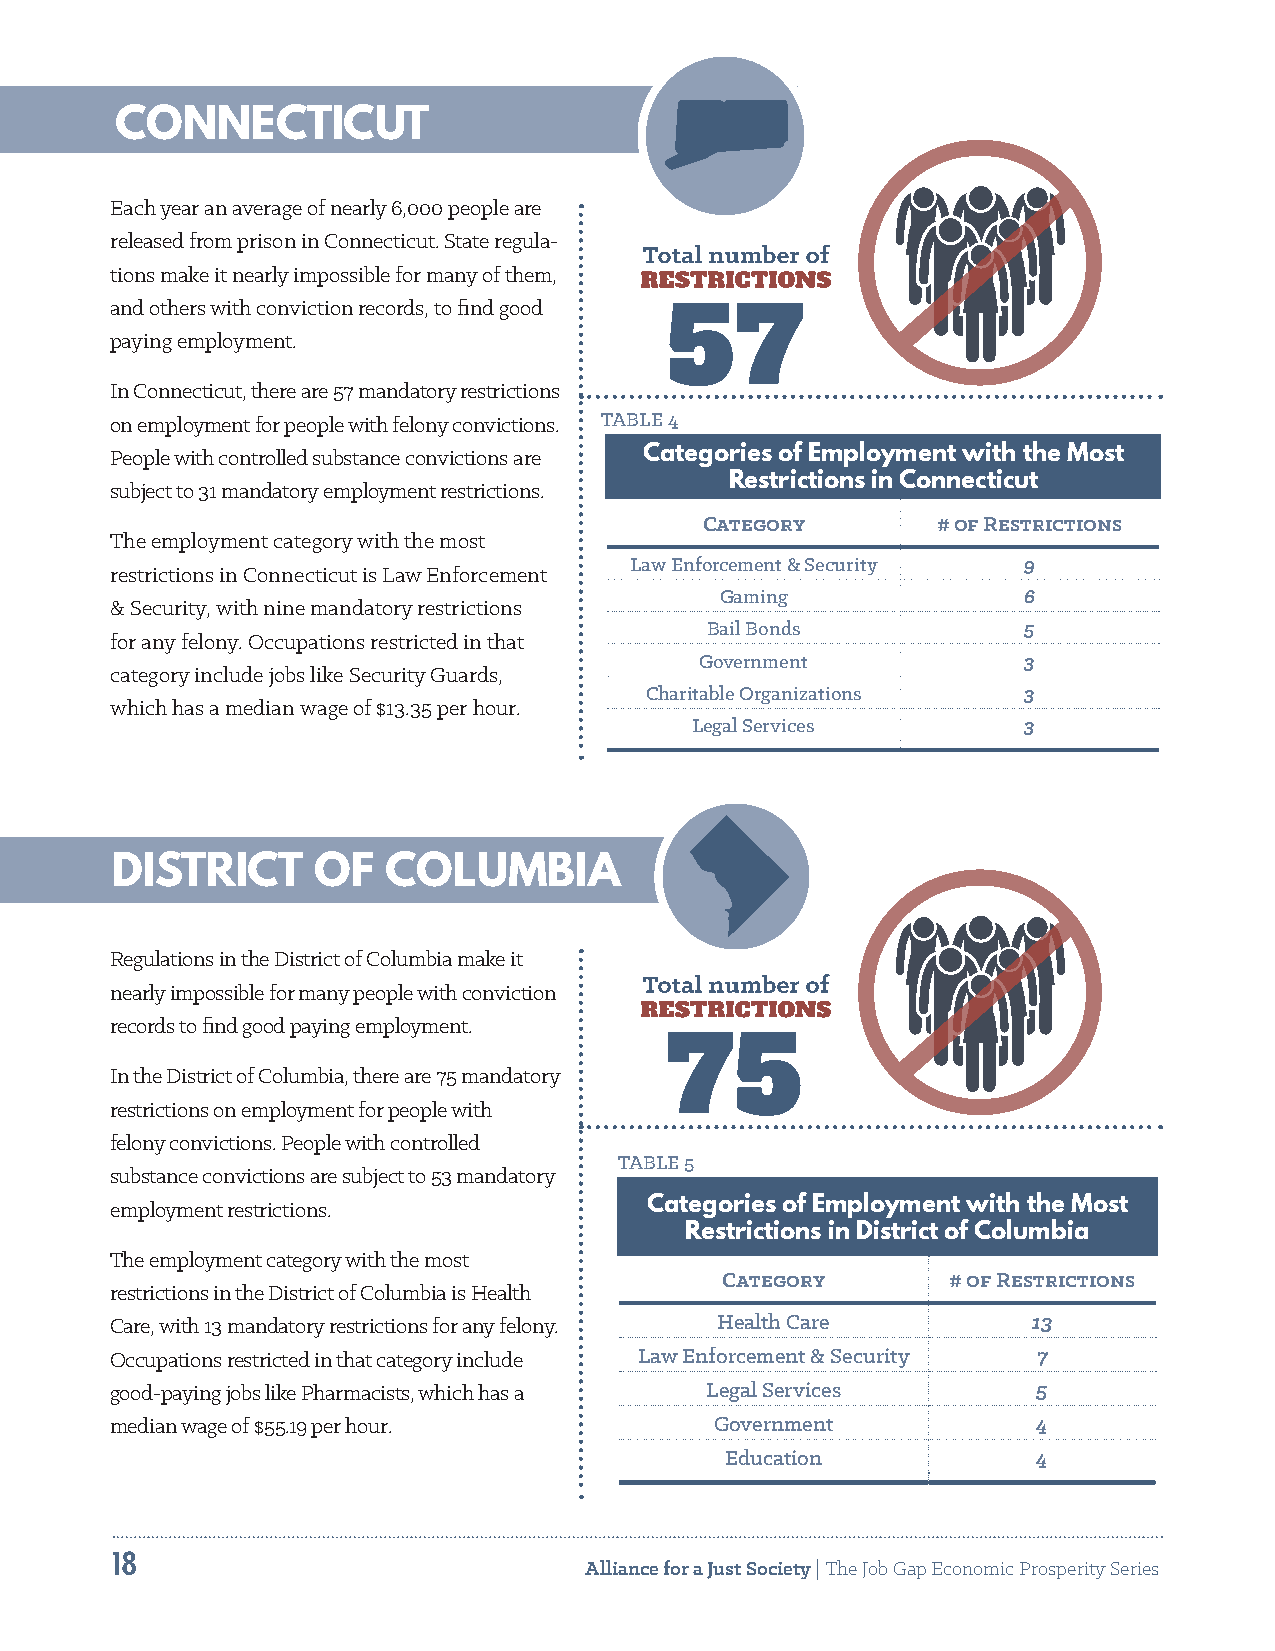
CONNECTICUT
 Each year an average of nearly 6,000 people are
 released from prison in Connecticut. State regula-
 tions make it nearly impossible for many of them,
 and others with conviction records, to find good
 57
 paying employment.
 In Connecticut, there are 57 mandatory restrictions
 on employment for people with felony convictions. TABLE 4
 People with controlled substance convictions are Categories of Employment with the Most
 Restrictions in Connecticut
 subject to 31 mandatory employment restrictions.
 Category       # of Restrictions
 The employment category with the most
 Law Enforcement & Security 9
 restrictions in Connecticut is Law Enforcement
 Gaming              6
 & Security, with nine mandatory restrictions
 Bail Bonds           5
 for any felony. Occupations restricted in that
 Government            3
 category include jobs like Security Guards,
 Charitable Organizations 3
 which has a median wage of $13.35 per hour.
 Legal Services        3
 DISTRICT      OF   COLUMBIA
 Regulations in the District of Columbia make it
 nearly impossible for many people with conviction
 records to find good paying employment.
 75
 In the District of Columbia, there are 75 mandatory
 restrictions on employment for people with
 felony convictions. People with controlled
 TABLE 5
 substance convictions are subject to 53 mandatory
 employment restrictions.            Categories of Employment with the Most
 Restrictions in District of Columbia
 The employment category with the most
 Category       # of Restrictions
 restrictions in the District of Columbia is Health
 Care, with 13 mandatory restrictions for any felony. Health Care 13
 Occupations restricted in that category include Law Enforcement & Security 7
 good-paying jobs like Pharmacists, which has a Legal Services 5
 median wage of $55.19 per hour.         Government            4
 Education            4
 18
 Alliance for a Just Society | The Job Gap Economic Prosperity Series